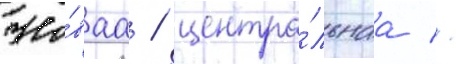
Но́ваа / центра́льнаа //